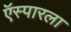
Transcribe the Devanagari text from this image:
ऍस्पारला